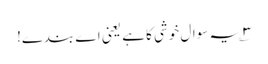
۳؎ یہ سوال خوشی کا ہے یعنی اے بندے!